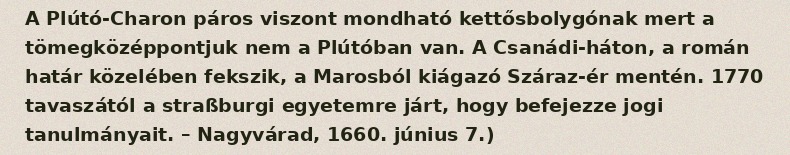
A Plútó-Charon páros viszont mondható kettősbolygónak mert a tömegközéppontjuk nem a Plútóban van. A Csanádi-háton, a román határ közelében fekszik, a Marosból kiágazó Száraz-ér mentén. 1770 tavaszától a straßburgi egyetemre járt, hogy befejezze jogi tanulmányait. – Nagyvárad, 1660. június 7.)